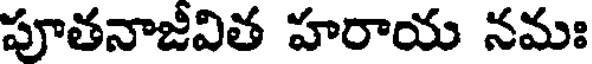
పూతనాజీవిత హరాయ నమః